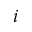
i